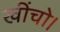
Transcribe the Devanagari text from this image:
खींचो।